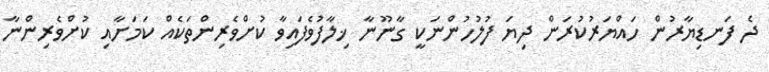
ދެ ފަނޑިޔާރުން ހައްޔަރުކުރަން ދިޔަ ފުލުހުންނަކީ ގާނޫނާ ޚިލާފުވެފައިވާ ކުށްވެރިންތަކެއް ކަމަށާއި ކުށްވެރިންނާ